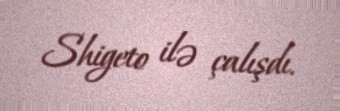
Shigeto ilə çalışdı.